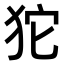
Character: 𤝛